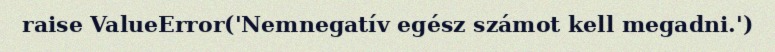
raise ValueError('Nemnegatív egész számot kell megadni.')